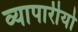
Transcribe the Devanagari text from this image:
व्यापारीयो